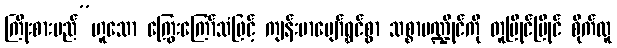
ကြိုးစားမည်”ဟူသော ကြွေးကြော်သံဖြင့် ကျန်းမာပျော်ရွှင်စွာ သစ္စာမဏ္ဍိုင်ကို တူပြိုင်ပြိုင် စိုက်ထူ